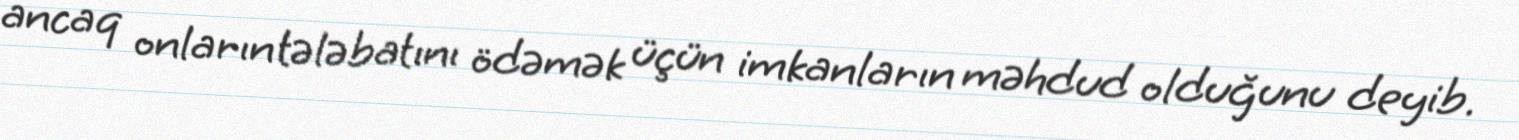
ancaq onların tələbatını ödəmək üçün imkanların məhdud olduğunu deyib.